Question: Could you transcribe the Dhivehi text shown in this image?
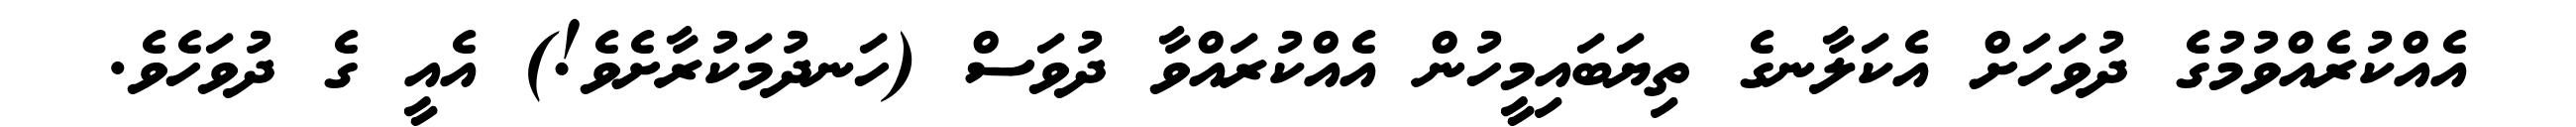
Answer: އެއްކުރެއްވުމުގެ ދުވަހަށް އެކަލާނގެ ތިޔަބައިމީހުން އެއްކުރައްވާ ދުވަސް (ހަނދުމަކުރާށެވެ!) އެއީ ގެ ދުވަހެވެ.